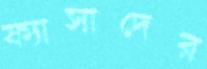
ফ্যাসাদের